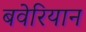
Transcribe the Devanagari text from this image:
बवेरियान